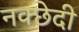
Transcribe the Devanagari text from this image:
नक्छेदी